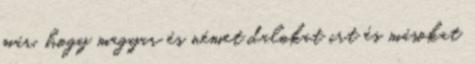
már, hogy magyar és német dalokat irt és másokat